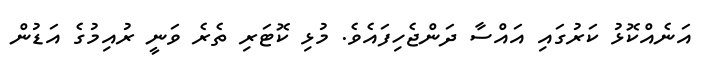
އަނެއްކޮޅު ކަރުގައި އައްސާ ދަންޖެހިފައެވެ. މުޅި ކޮޓަރި ތެރެ ވަނީ ރުއިމުގެ އަޑުން